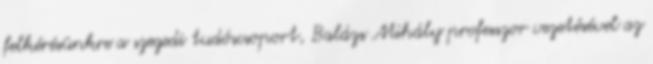
felkérésünkre a szegedi tudóscsoport, Balázs Mihály professzor vezetésével az